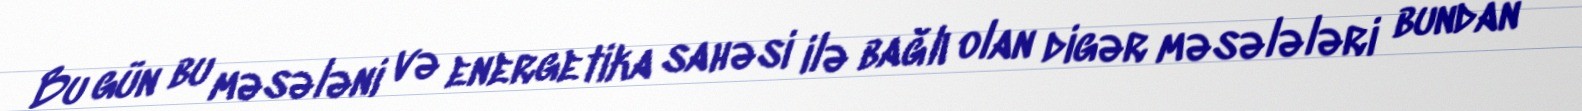
Bu gün bu məsələni və energetika sahəsi ilə bağlı olan digər məsələləri bundan